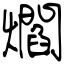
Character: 爓